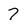
Character: 7